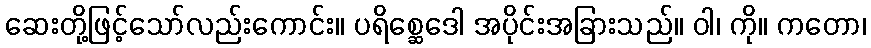
ဆေးတို့ဖြင့်သော်လည်းကောင်း။ ပရိစ္ဆေဒေါ အပိုင်းအခြားသည်။ ဝါ၊ ကို။ ကတော၊